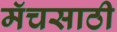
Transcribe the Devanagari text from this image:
मॅचसाठी